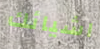
اشيائك